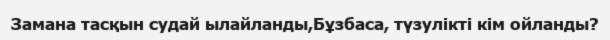
Замана тасқын судай ылайланды,Бұзбаса, түзулікті кім ойланды?